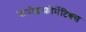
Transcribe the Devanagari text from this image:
बायोइन्फ़ोर्मेटिक्स